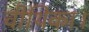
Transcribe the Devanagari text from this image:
वीथिका।